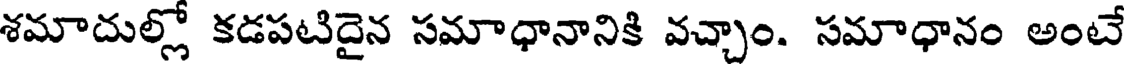
శమాదుల్లో కడపటిదైన సమాధానానికి వచ్చాం. సమాధానం అంటే